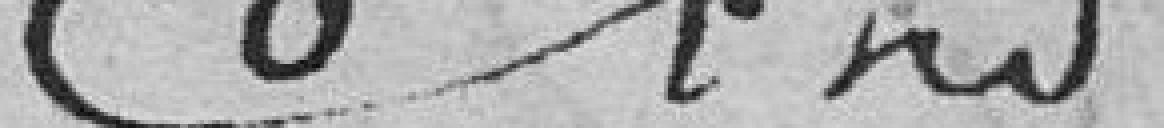
?????